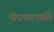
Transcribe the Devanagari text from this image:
योऽध्यापयति